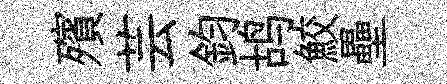
殯芸鈞鸪鮫壘